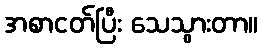
အစာငတ်ပြီး သေသွားတာ။